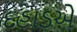
દહાડએ